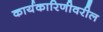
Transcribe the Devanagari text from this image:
कार्यकारिणीवरील